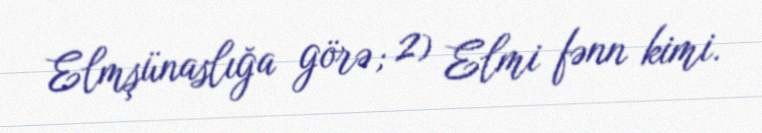
Elmşünaslığa görə; 2) Elmi fənn kimi.